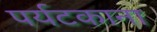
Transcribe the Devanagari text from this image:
पर्यटकाना